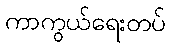
ကာကွယ်ရေးတပ်